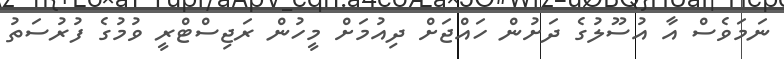
ނަމަވެސް އާ އުސޫލުގެ ދަށުން ހައްޖަށް ދިއުމަށް މީހުން ރަޖިސްޓްރީ ވުމުގެ ފުރުސަތު